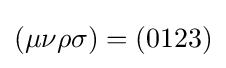
(\mu \nu \rho \sigma )=(0123)